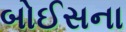
બોઈસના